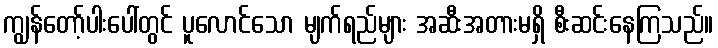
ကျွန်တော့်ပါးပေါ်တွင် ပူလောင်သော မျက်ရည်များ အဆီးအတားမရှိ စီးဆင်းနေကြသည်။